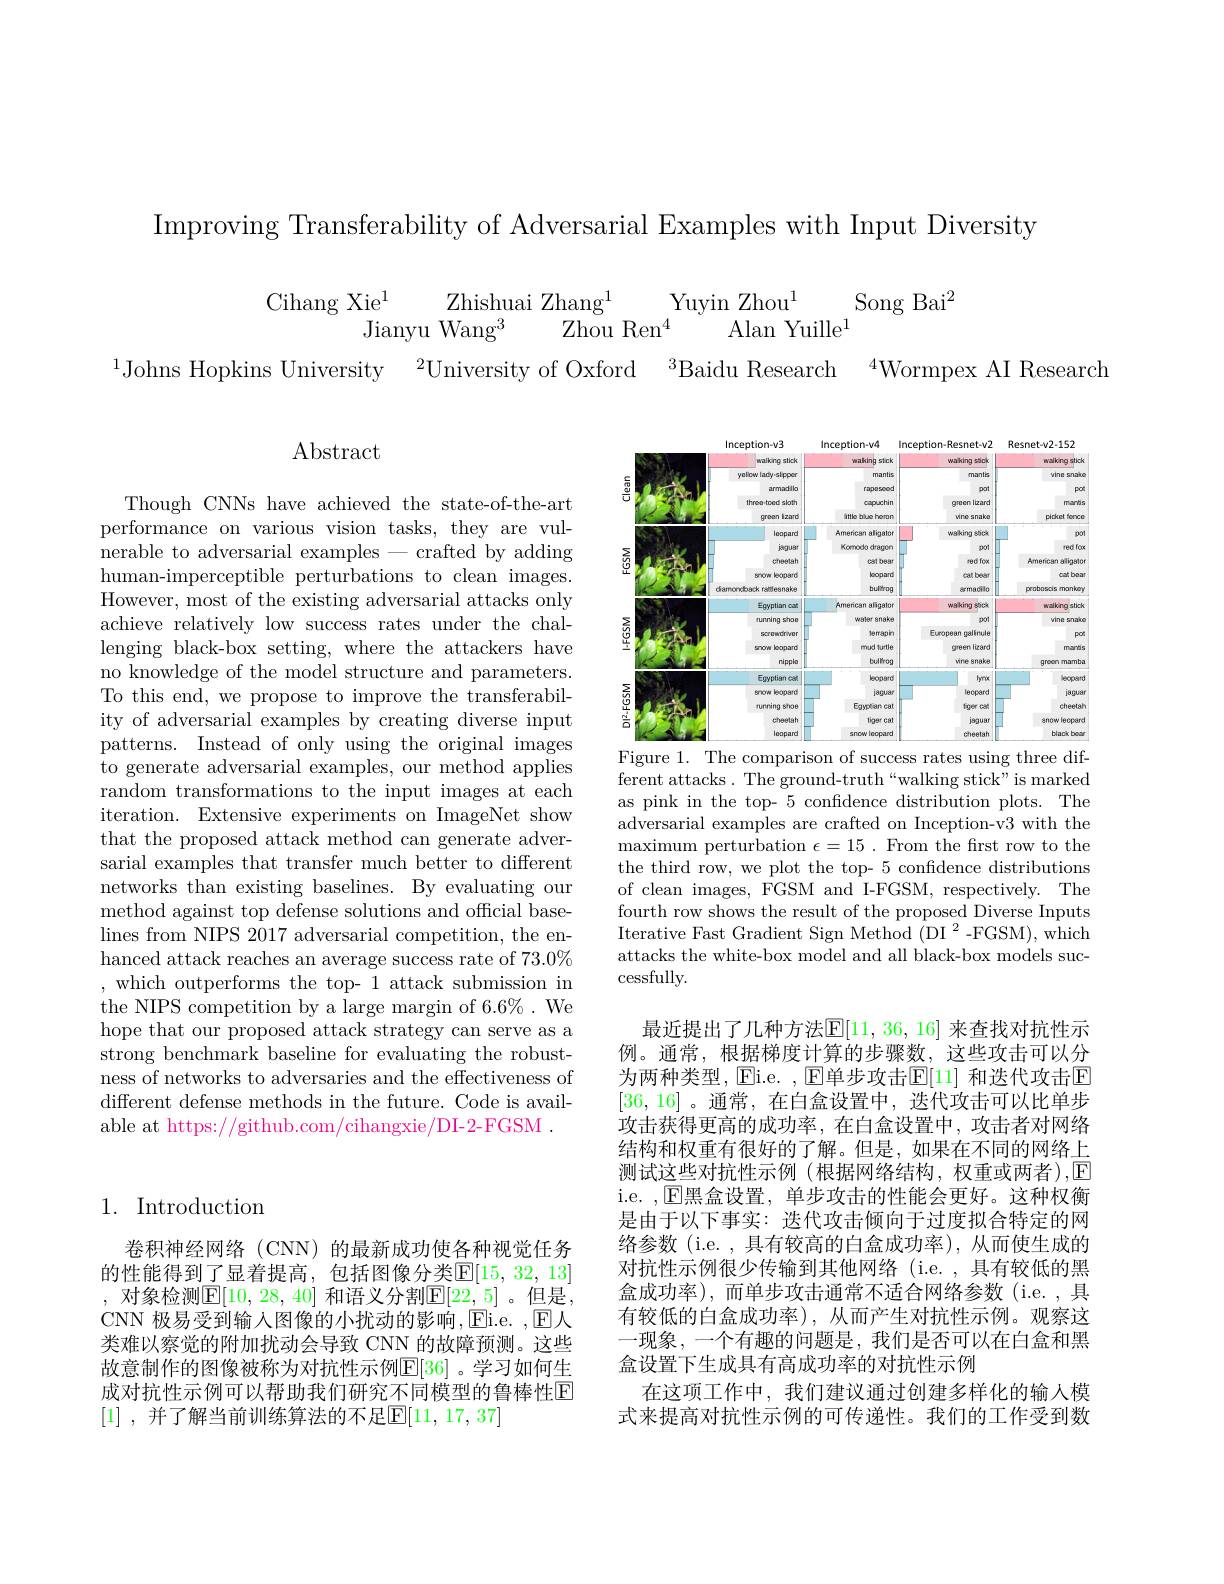
Improving Transferability of Adversarial Examples with Input Diversity

Song Bai$^2$
Cihang Xie$^1$
Yuyin Zhou$^1$
Zhishuai Zhang$^1$
Jianyu Wang$^{3}$
Alan Yuille$^1$
Zhou Ren$^{4}$
$^{1}$Johns Hopkins University$\:^2$University of Oxford$\:^{3}$Baidu

Abstract

<table>
	<tbody>
		<tr>
			<th> </th>
			<th>Inception-v3</th>
			<th>Inception-v4</th>
			<th>Inception-Resnet-v2</th>
			<th>Resnet-v2-152</th>
		</tr>
		<tr>
			<td> </td>
			<td>walking stick</td>
			<td>waking stick</td>
			<td>waking stick</td>
			<td>walking stick</td>
		</tr>
		<tr>
			<td> </td>
			<td>yellow lady-slppor</td>
			<td>mantis</td>
			<td>mantis</td>
			<td>vine snaice</td>
		</tr>
		<tr>
			<td>TT AT</td>
			<td>armadib</td>
			<td>rapescod</td>
			<td>pot</td>
			<td>pot</td>
		</tr>
		<tr>
			<td>L</td>
			<td>throo.toed sloth</td>
			<td>capuchin</td>
			<td>qreen lizard</td>
			<td>marbis</td>
		</tr>
		<tr>
			<td> </td>
			<td>qroon lzard</td>
			<td>ittlo bluo horan</td>
			<td>vine snake</td>
			<td>pidket forrce</td>
		</tr>
		<tr>
			<td> </td>
			<td>leopard</td>
			<td>American aligator</td>
			<td>waking sbelk</td>
			<td>pol</td>
		</tr>
		<tr>
			<td> </td>
			<td>$jmgu8r$</td>
			<td>Komodo dragore</td>
			<td>pol</td>
			<td>red foce</td>
		</tr>
		<tr>
			<td> </td>
			<td>cheetah</td>
			<td>cat begr</td>
			<td>red fox</td>
			<td>American aligato</td>
		</tr>
		<tr>
			<td>元</td>
			<td>Sanorw boopard</td>
			<td>koopard</td>
			<td>cat beer</td>
			<td>cat boan</td>
		</tr>
		<tr>
			<td> </td>
			<td colspan="2">diarnornchack ralllesnaken bulitro</td>
			<td>ermacilo</td>
			<td>proboscis mankory</td>
		</tr>
		<tr>
			<td> </td>
			<td>Egyptian cat</td>
			<td>American aligator</td>
			<td>waking stick</td>
			<td>walking stick</td>
		</tr>
		<tr>
			<td></td>
			<td>nurning shoe</td>
			<td>waler snakem</td>
			<td></td>
			<td>vine snaice</td>
		</tr>
		<tr>
			<td></td>
			<td>screwdriver</td>
			<td>Verrapin</td>
			<td>European galinule</td>
			<td>pot</td>
		</tr>
		<tr>
			<td>$\frac{4}{1}$</td>
			<td>anow koopard</td>
			<td>mud turtle</td>
			<td>green lizard</td>
			<td>marbis</td>
		</tr>
		<tr>
			<td> </td>
			<td>ripplo</td>
			<td>bullrog</td>
			<td>vine 8nake</td>
			<td>qroon mamba</td>
		</tr>
		<tr>
			<td> </td>
			<td>Egyptign cen</td>
			<td>kopard</td>
			<td>hyrroc</td>
			<td>lecpenrd</td>
		</tr>
		<tr>
			<td>$\Sigma$</td>
			<td>Sarworw beoperd</td>
			<td>jeguar</td>
			<td>lecperd</td>
			<td>$j8guen$</td>
		</tr>
		<tr>
			<td>$迎$</td>
			<td>rurning shoe</td>
			<td>Egypeien cat</td>
			<td>figer call</td>
			<td>cheetar</td>
		</tr>
		<tr>
			<td> </td>
			<td>cheetah</td>
			<td>tiger cat</td>
			<td>joguar</td>
			<td>8now lecperc</td>
		</tr>
		<tr>
			<td>H</td>
			<td>loopard</td>
			<td>snow lecpand</td>
			<td>cheetah</td>
			<td>blacik bon</td>
		</tr>
	</tbody>
</table>
Figure 1. The comparison of

Though CNNs have achieved th performance on various vision tasks, they are vulnerable to adversarial examp human-imperceptible perturbations to clean images. However, most of the existing adversarial attacks only achieve relatively low succe lenging black-box setting, where the attackers have no knowledge of the model structure and parameters. To this end, we propose to i ity of adversarial examples by creating diverse input patterns. Instead of only using the original images to generate adversarial examples, our method applies random transformations to th iteration. Extensive experim that the proposed attack method can generate adversarial examples that transfe networks than existing baselines. By evaluating our method against top defense s lines from NIPS 2017 adversa hanced attack reaches an average success rate of 73.0% , which outperforms the top- 1 attack submission in the NIPS competition by a la hope that our proposed attack strategy can serve as a strong benchmark baseline for evaluating the robustness of networks to adversar different defense methods in the future. Code is available at https://github.com/cihangxie/DI-2-FGSM~.

ferent attacks. The ground-t as pink in the top- 5 confidence distribution plots. The adversarial examples are cra maximum perturbation $\epsilon=15.$ From the frst row to the the third row, we plot the top- 5 confidence distributions of clean images, FGSM and I-FGSM, respectively. The fourth row shows the result Iterative Fast Gradient Sign Method (DI $^2$-FGSM), which attacks the white-box model cessfully.

## 1. Introduction

最近提出了几种方法$\mathbb{E}[11,36,16]$ 来查找对抗性示例。通常，根据梯度计算的步骤数，这些攻击可以分为两种类型，Ei.e. , E单步攻击$\mathbb{E}[$ [36,16]。通常，在白盒设置中，迭代攻击可以比单步攻击获得更高的成功率，在白盒设置中，攻击者对网络结构和权重有很好的了解。但是，如果在不同的网络上测试这些对抗性示例(根据网络结构，权重或两者),$\mathbb{E}$ i.e. ,E黑盒设置，单步攻击的性能会更好。这种权衡是由于以下事实：迭代攻击倾向于过度拟合特定的网络参数(i.e.,具有较高的白盒成功率),从而使生成的对抗性示例很少传输到其他网络(i.e.,具有较低的黑盒成功率),而单步攻击通常不适合网络参数(i.e.,具有较低的白盒成功率),从而产生对抗性示例。观察这一现象，一个有趣的问题是，我们是否可以在白盒和黑盒设置下生成具有高成功率的对抗性示例
在这项工作中，我们建议通过创建多样化的输入模式来提高对抗性示例的可传递性。我们的工作受到数

卷积神经网络 (CNN) 的最新成功使各种视觉任务的性能得到了显着提高，包括图像分类$\mathbb{E}[15,32,13]$ , 对象检测$\mathbb{E}[10,28,40]$ 和语义分割$\mathbb{E}[22,5]$ 。但是， CNN 极易受到输入图像的小扰动的影响$,\boxed{\mathrm{Ei.e.~}},\boxed{\mathrm{E}}$人类难以察觉的附加扰动会导致 CNN 的故障预测。这些故意制作的图像被称为对抗性示例$\mathbb{E}[36]$。学习如何生成对抗性示例可以帮助我们研究不同模型的鲁棒性E [1] , 并了解当前训练算法的不足$\mathbb{E}[11,17,37]$